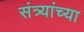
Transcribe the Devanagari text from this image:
संत्र्यांच्या